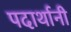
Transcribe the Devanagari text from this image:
पदार्थानी